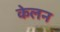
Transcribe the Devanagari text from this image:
केलन